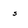
Character: 5